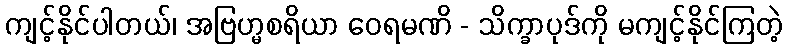
ကျင့်နိုင်ပါတယ်၊ အဗြဟ္မစရိယာ ဝေရမဏိ - သိက္ခာပုဒ်ကို မကျင့်နိုင်ကြတဲ့